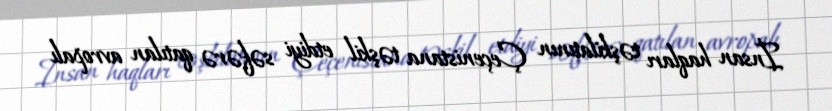
İnsan haqları təşkilatının Çeçenistana təşkil etdiyi səfərə qatılan avropalı